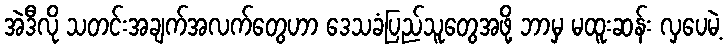
အဲဒီလို သတင်းအချက်အလက်တွေဟာ ဒေသခံပြည်သူတွေအဖို့ ဘာမှ မထူးဆန်း လှပေမဲ့